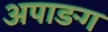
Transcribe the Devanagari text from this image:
अपाङग